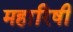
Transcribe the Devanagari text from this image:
महारिषी